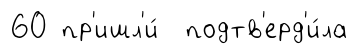
60 пр'ишл'и́ подтв'ерд'и́ла